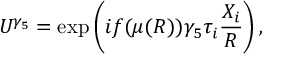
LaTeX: U ^ { \gamma _ { 5 } } = \exp \left( i f ( \mu ( R ) ) \gamma _ { 5 } \tau _ { i } \frac { X _ { i } } { R } \right) ,